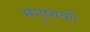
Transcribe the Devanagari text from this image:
मनुष्यको